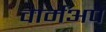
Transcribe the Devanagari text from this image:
वार्मअप